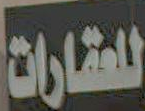
للعقارات